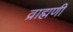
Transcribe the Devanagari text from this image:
व्राह्मणी